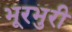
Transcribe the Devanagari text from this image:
भूरभुरी